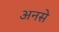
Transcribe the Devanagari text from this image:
अनसे